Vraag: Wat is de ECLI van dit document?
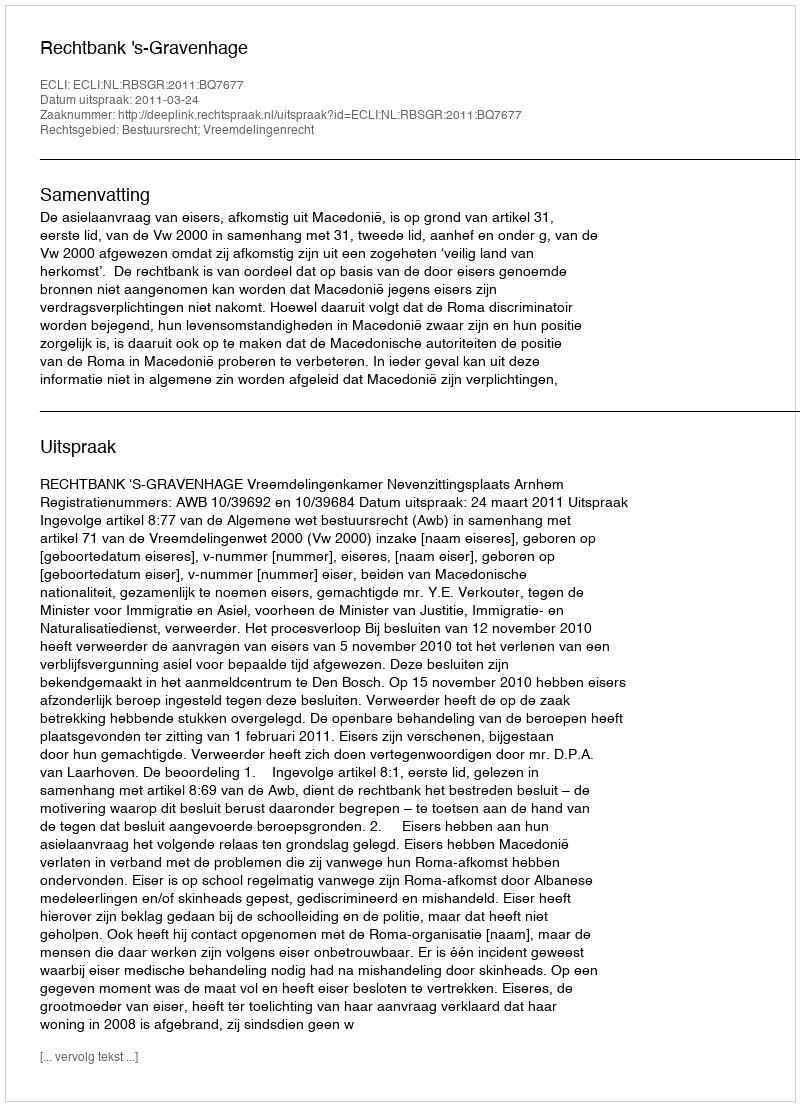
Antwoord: ECLI:NL:RBSGR:2011:BQ7677